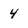
Character: 4